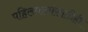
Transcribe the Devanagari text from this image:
पहिलवानांसाठीही